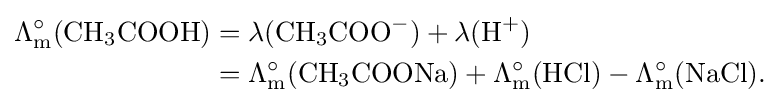
{\begin{aligned}\Lambda _{\text{m}}^{\circ }({\ce {CH3COOH}})&=\lambda ({\ce {CH3COO-}})+\lambda ({\ce {H+}})\\&=\Lambda _{\text{m}}^{\circ }({\ce {CH3COONa}})+\Lambda _{\text{m}}^{\circ }({\ce {HCl}})-\Lambda _{\text{m}}^{\circ }({\ce {NaCl}}).\end{aligned}}